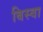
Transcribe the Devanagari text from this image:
बिस्‍वा